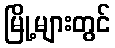
မြို့များတွင်